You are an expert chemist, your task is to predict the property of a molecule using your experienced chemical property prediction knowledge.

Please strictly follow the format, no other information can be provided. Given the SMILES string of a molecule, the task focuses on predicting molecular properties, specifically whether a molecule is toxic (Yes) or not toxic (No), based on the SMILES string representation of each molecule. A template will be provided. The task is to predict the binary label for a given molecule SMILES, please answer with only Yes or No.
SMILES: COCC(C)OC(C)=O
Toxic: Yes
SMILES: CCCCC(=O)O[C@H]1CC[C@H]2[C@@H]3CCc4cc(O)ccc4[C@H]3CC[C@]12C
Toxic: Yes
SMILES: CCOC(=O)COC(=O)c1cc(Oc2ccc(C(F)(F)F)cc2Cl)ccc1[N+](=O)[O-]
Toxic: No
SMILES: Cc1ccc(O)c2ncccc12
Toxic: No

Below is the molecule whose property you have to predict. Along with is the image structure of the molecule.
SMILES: C(CCOCC1CO1)COCC1CO1
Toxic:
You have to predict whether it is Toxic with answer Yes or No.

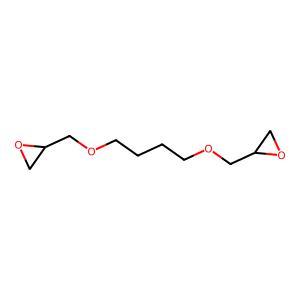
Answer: No